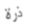
ذرة